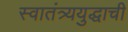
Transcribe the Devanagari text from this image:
स्वातंत्र्ययुद्धाची